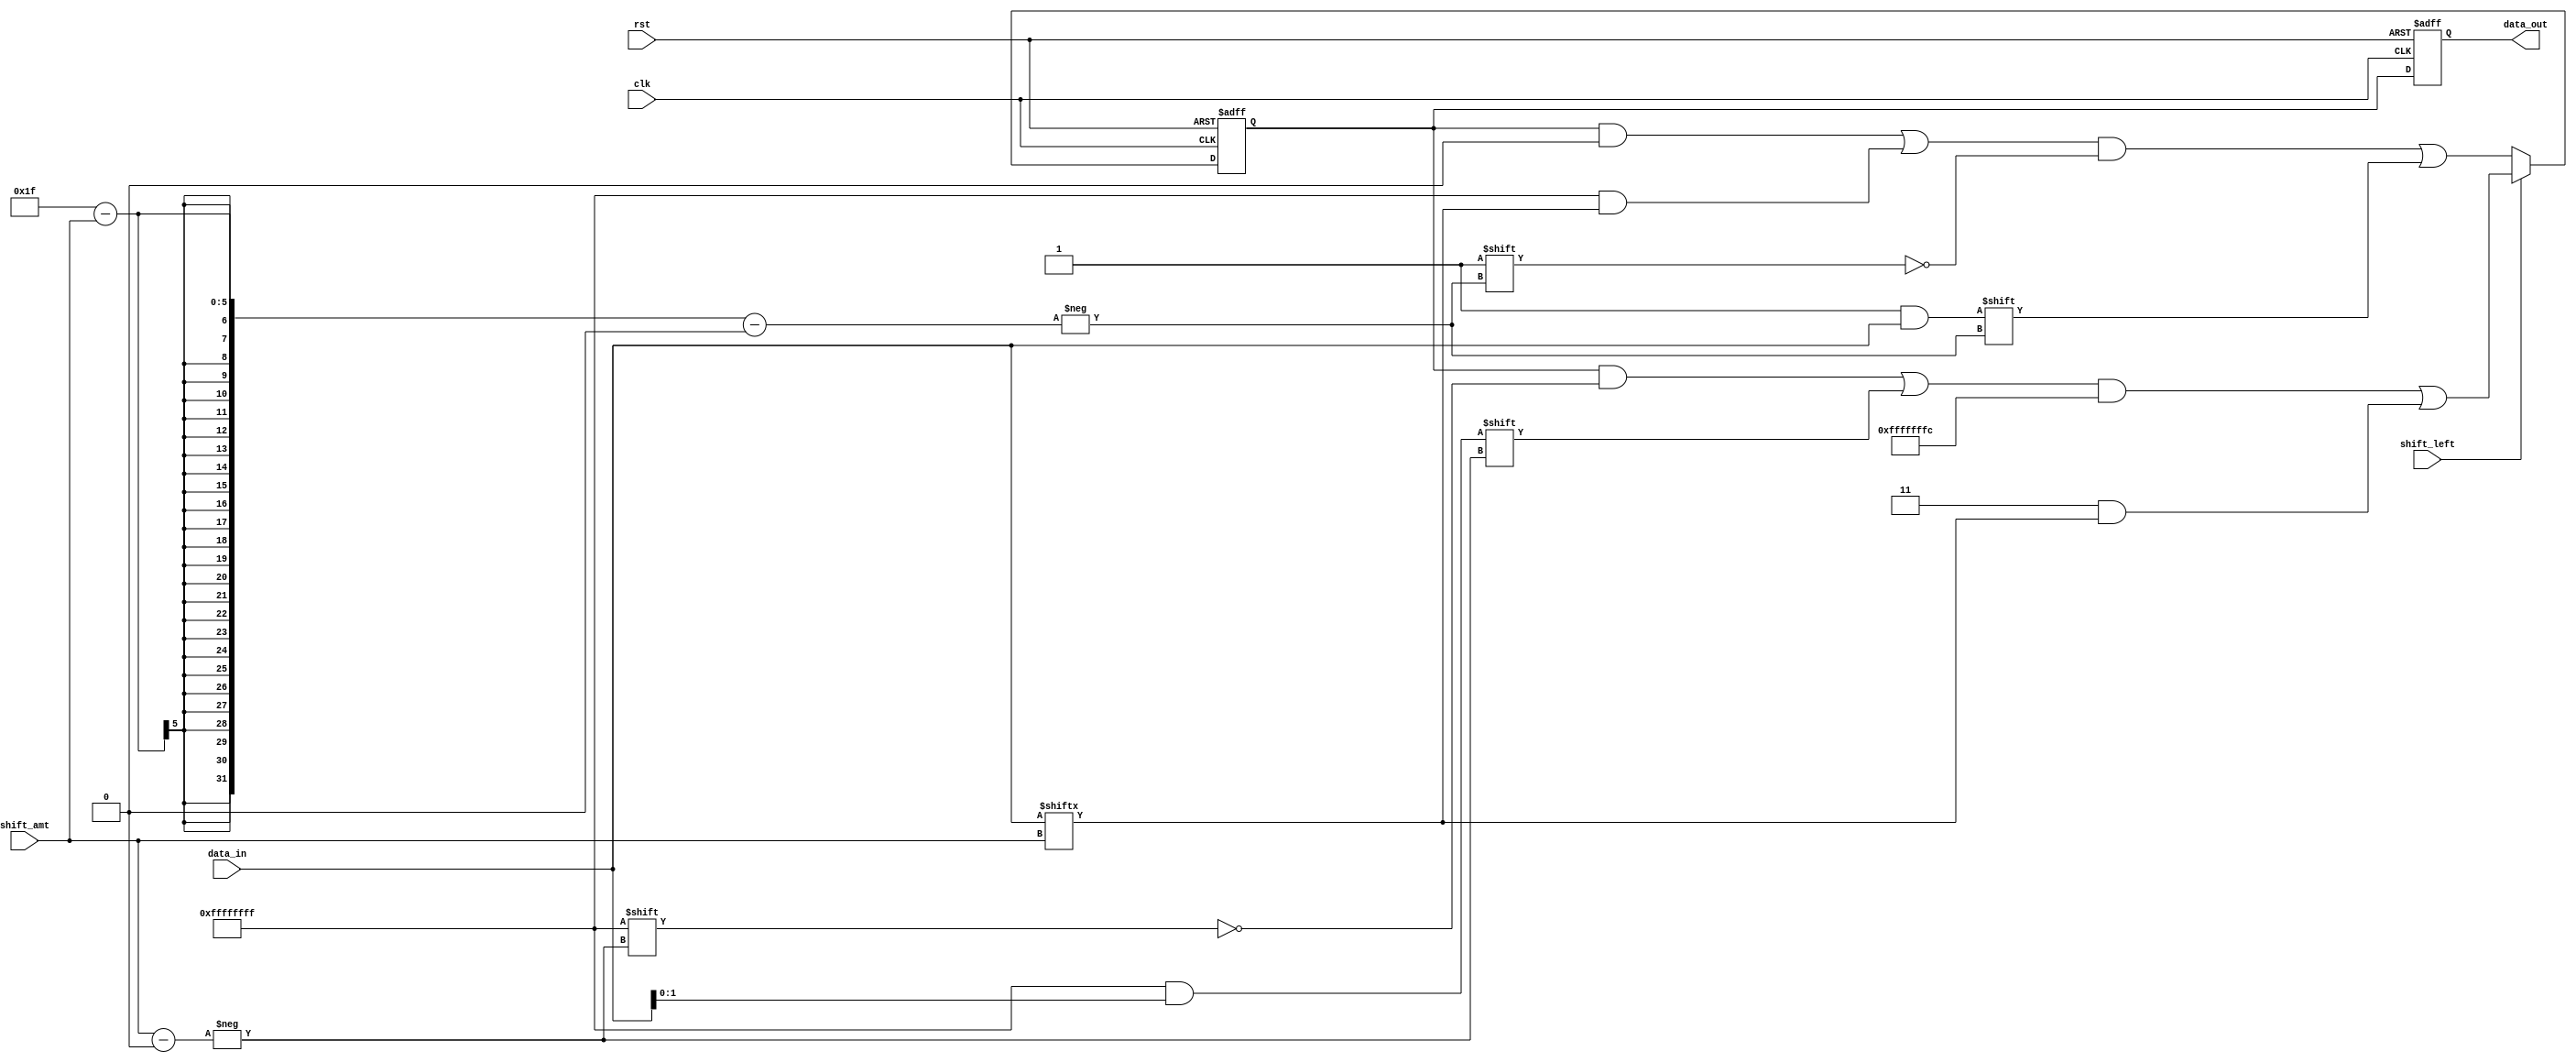
module barrel_shifter (
    input wire clk,
    input wire rst,
    input wire [31:0] data_in,
    input wire [2:0] shift_amt,
    input wire shift_left,
    output reg [31:0] data_out
);

reg [31:0] data_shifted;

always @ (posedge clk or posedge rst) begin
    if (rst) begin
        data_shifted <= 32'b0;
        data_out <= 32'b0;
    end else begin
        if (shift_left) begin
            data_shifted[31:shift_amt] <= data_in[shift_amt-1:0];
            data_shifted[shift_amt-1:0] <= data_in[31:shift_amt];
        end else begin
            data_shifted[31-shift_amt:0] <= data_in[31:shift_amt];
            data_shifted[31:31-shift_amt] <= data_in[31-shift_amt:0];
        end
        
        data_out <= data_shifted;
    end
end

endmodule